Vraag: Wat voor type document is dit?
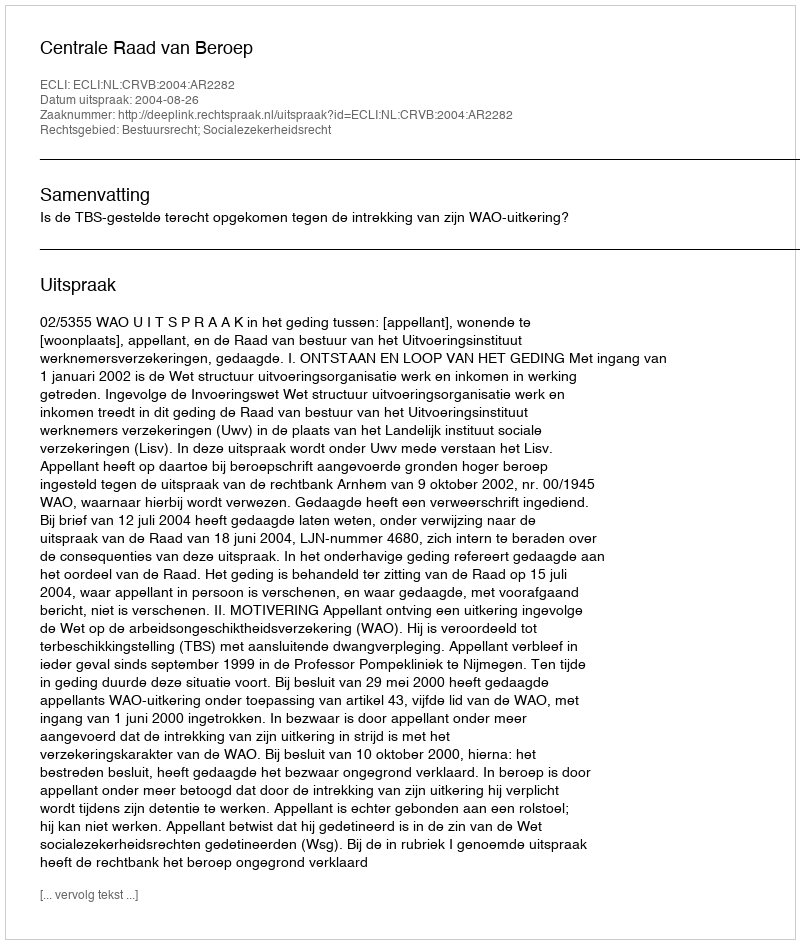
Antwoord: Uitspraak